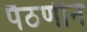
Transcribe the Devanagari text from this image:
पैठणीने